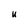
Character: u